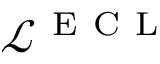
\mathcal { L } ^ { \mathrm { ~ E ~ C ~ L ~ } }